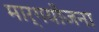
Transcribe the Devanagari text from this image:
मार्गयोजना